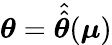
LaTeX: \boldsymbol{\theta}=\hat{\hat{\boldsymbol{\theta}}}({\boldsymbol{\mu}})